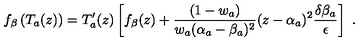
f _ { \beta } \left( T _ { a } ( z ) \right) = T _ { a } ^ { \prime } ( z ) \left[ f _ { \beta } ( z ) + \frac { ( 1 - w _ { a } ) } { w _ { a } ( \alpha _ { a } - \beta _ { a } ) ^ { 2 } } ( z - \alpha _ { a } ) ^ { 2 } \frac { \delta \beta _ { a } } { \epsilon } \right] \ .